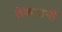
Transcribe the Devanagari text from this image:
तेकाउनीं